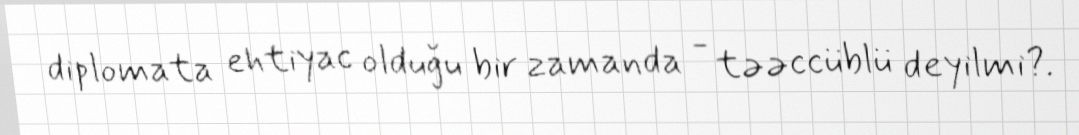
diplomata ehtiyac olduğu bir zamanda - təəccüblü deyilmi?.